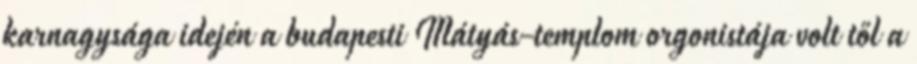
karnagysága idején a budapesti Mátyás-templom orgonistája volt től a